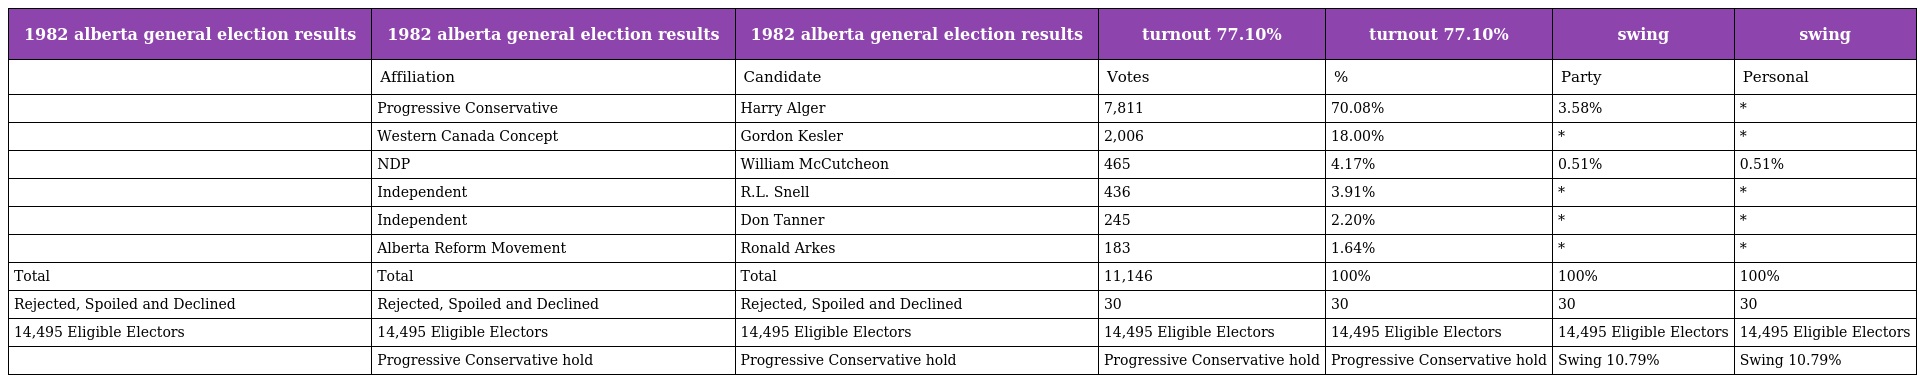
| 1982 alberta general election results | 1982 alberta general election results | 1982 alberta general election results | turnout 77.10% | turnout 77.10% | swing | swing |
 | --- | --- | --- | --- | --- | --- | --- |
 |  | Affiliation | Candidate | Votes | % | Party | Personal |
 |  | Progressive Conservative | Harry Alger | 7,811 | 70.08% | 3.58% | * |
 |  | Western Canada Concept | Gordon Kesler | 2,006 | 18.00% | * | * |
 |  | NDP | William McCutcheon | 465 | 4.17% | 0.51% | 0.51% |
 |  | Independent | R.L. Snell | 436 | 3.91% | * | * |
 |  | Independent | Don Tanner | 245 | 2.20% | * | * |
 |  | Alberta Reform Movement | Ronald Arkes | 183 | 1.64% | * | * |
 | Total | Total | Total | 11,146 | 100% | 100% | 100% |
 | Rejected, Spoiled and Declined | Rejected, Spoiled and Declined | Rejected, Spoiled and Declined | 30 | 30 | 30 | 30 |
 | 14,495 Eligible Electors | 14,495 Eligible Electors | 14,495 Eligible Electors | 14,495 Eligible Electors | 14,495 Eligible Electors | 14,495 Eligible Electors | 14,495 Eligible Electors |
 |  | Progressive Conservative hold | Progressive Conservative hold | Progressive Conservative hold | Progressive Conservative hold | Swing 10.79% | Swing 10.79% |